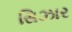
સિઝાર